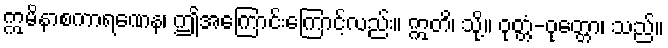
ဣမိနာစကာရဏေန၊ ဤအကြောင်းကြောင့်လည်း။ ဣတိ၊ သို့။ ဝုတ္တံ-ဝုတ္တော၊ သည်။